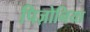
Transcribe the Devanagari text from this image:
पिज़ोनिया